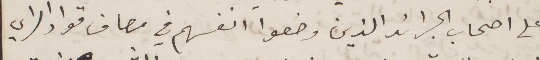
على أصحاب الجرائد الذين وضعوا انفسهم في مصاف مواز لرأي